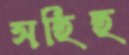
সহিহ